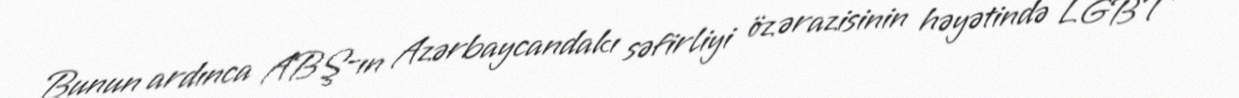
Bunun ardınca ABŞ-ın Azərbaycandakı səfirliyi öz ərazisinin həyətində LGBT